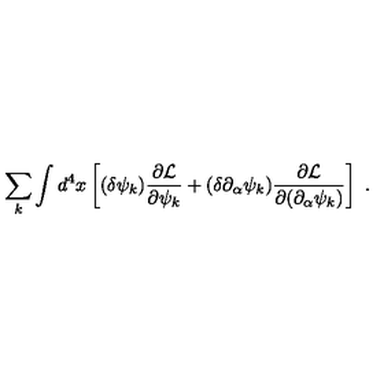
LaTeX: \sum _ { k } \int d ^ { 4 } x \left[ ( \delta \psi _ { k } ) { \frac { \partial { \cal L } } { \partial \psi _ { k } } } + ( \delta \partial _ { \alpha } \psi _ { k } ) { \frac { \partial { \cal L } } { \partial ( \partial _ { \alpha } \psi _ { k } ) } } \right] \ .